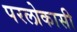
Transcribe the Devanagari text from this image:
परलोकासी